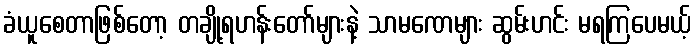
ခံယူစေတာဖြစ်တော့ တချို့ရဟန်းတော်များနဲ့ သာမဏေများ ဆွမ်းဟင်း မရကြပေမယ့်